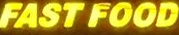
FAST FOOD